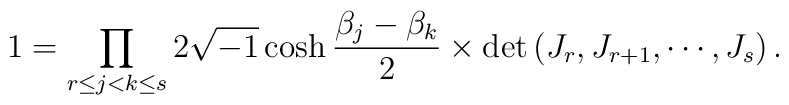
1=\prod_{r\le j<k\le s}2\sqrt{-1}\cosh\frac{\beta_j-\beta_k}{2}\times\det\left(J_r,J_{r+1},\cdots,J_s\right).